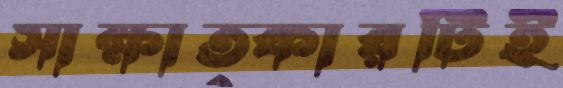
সাক্ষাত্কারটিই